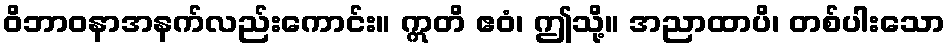
ဝိဘာဝနာအနက်လည်းကောင်း။ ဣတိ ဧဝံ၊ ဤသို့။ အညာထာပိ၊ တစ်ပါးသော